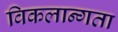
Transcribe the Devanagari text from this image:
विकलान्गता